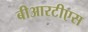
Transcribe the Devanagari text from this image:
बीआरटीएस